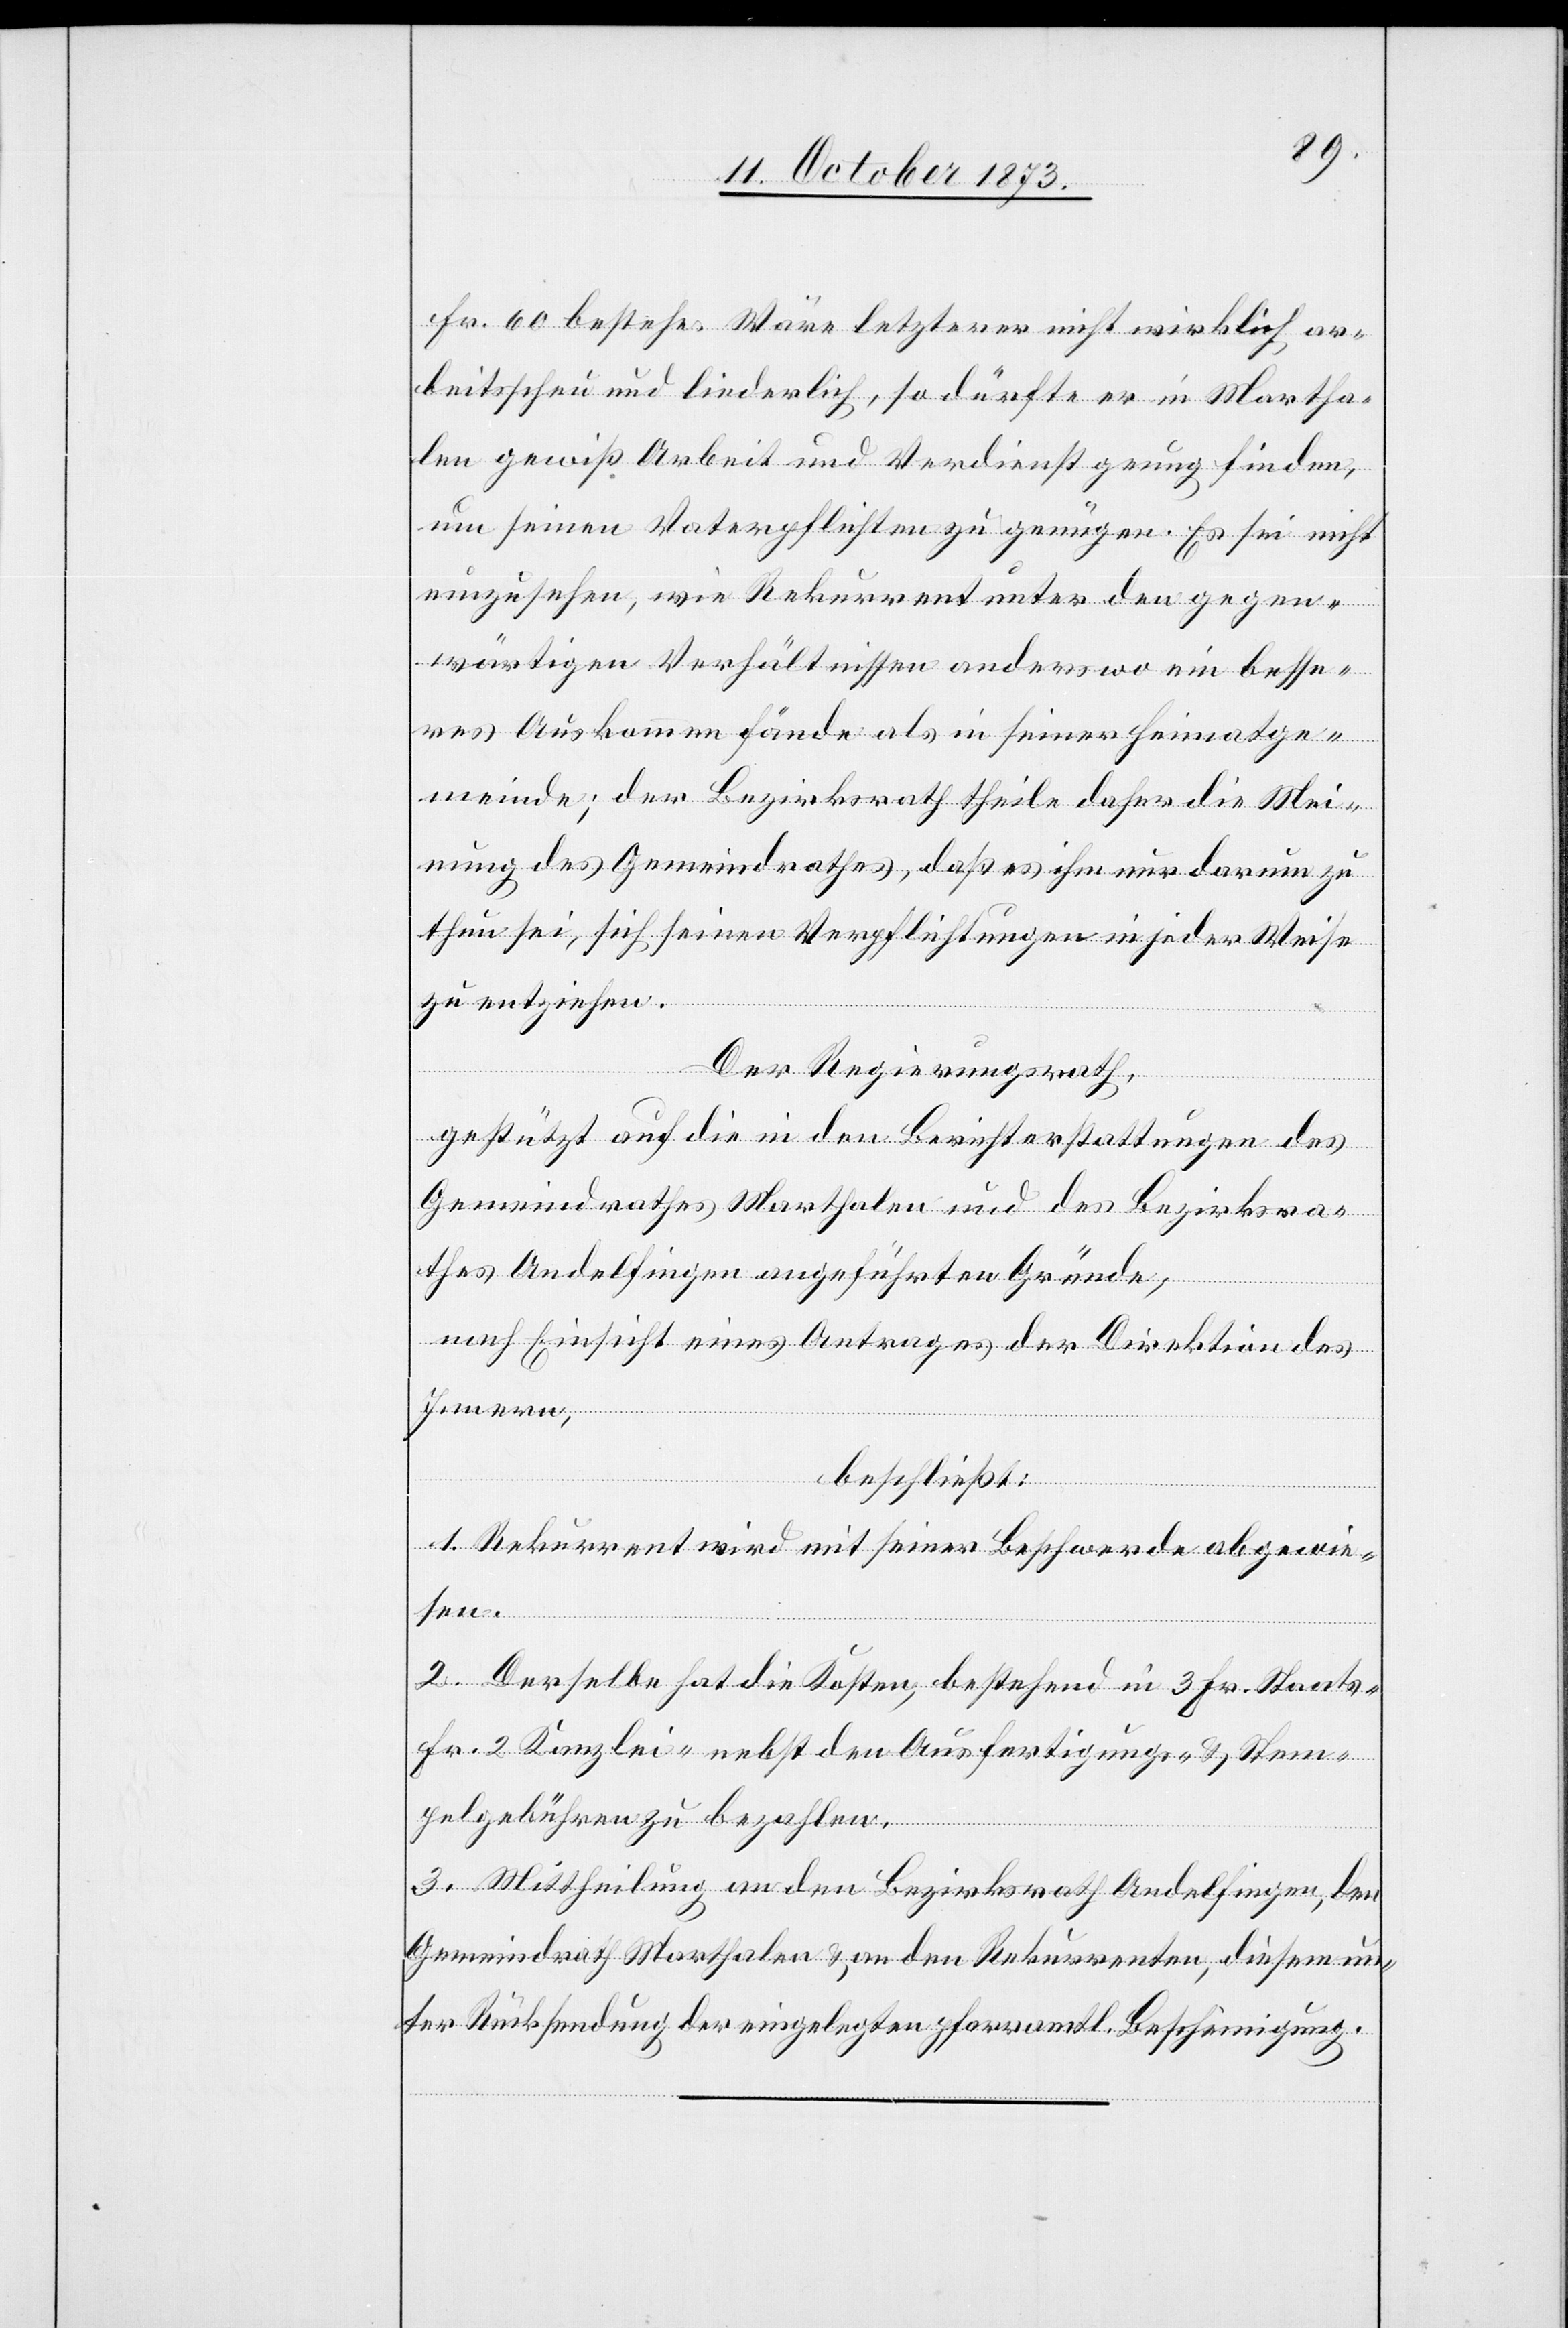
Fr. 60 bestehe. Wäre letzterer nicht wirklich ar¬
beitsscheu und liederlich, so dürfte er in Martha¬
len gewiß Arbeit und Verdienst genug finden,
um seinen Vaterpflichten zu genügen. Es sei nicht
einzusehen, wie Rekurrent unter den gegen¬
wärtigen Verhältnissen anderswo ein besse¬
res Auskommen fände als in seiner Heimatge¬
meinde; der Bezirksrath theile daher die Mei¬
nung des Gemeindrathes, daß es ihm nur darum zu
thun sei, sich seinen Verpflichtungen in jeder Weise
zu entziehen.
Der Regierungsrath,
gestützt auf die in den Berichterstattungen des
Gemeindrathes Marthalen und des Bezirksra¬
thes Andelfingen angeführten Gründe,
nach Einsicht eines Antrages der Direktion des
Innern,
beschließt:
1. Rekurrent wird mit seiner Beschwerde abgewie¬
sen.
2. Derselbe hat die Kosten, bestehend in 3 Fr. Staats-
Fr. 2 Kanzlei- nebst den Ausfertigungs- & Stem¬
pelgebühren zu bezahlen.
3. Mittheilung an den Bezirksrath Andelfingen, den
Gemeindrath Marthalen & an den Rekurrenten, diesem un¬
ter Rücksendung der eingelegten pfarramtl. Bescheinigung.